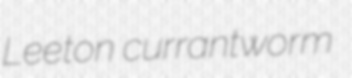
Leeton currantworm